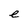
Character: e